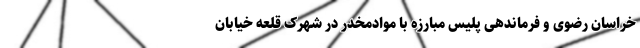
خراسان رضوی و فرماندهی پلیس مبارزه با موادمخدر در شهرک قلعه خیابان